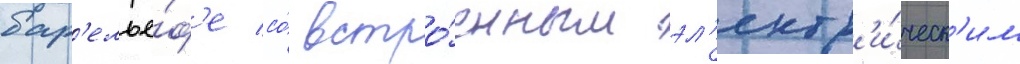
бар'елье́ф'е со́ встро́енным эл'ектр'и́ческ'им